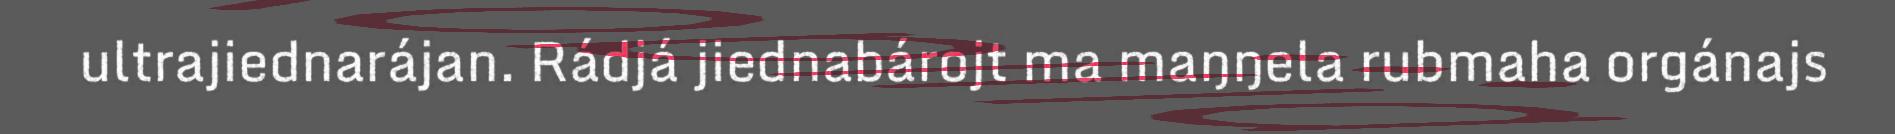
ultrajiednarájan. Rádjá jiednabárojt ma maŋŋela rubmaha orgánajs